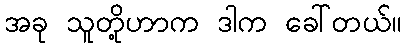
အခု သူတို့ဟာက ဒါက ခေါ်တယ်။